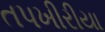
તપખીરીયા